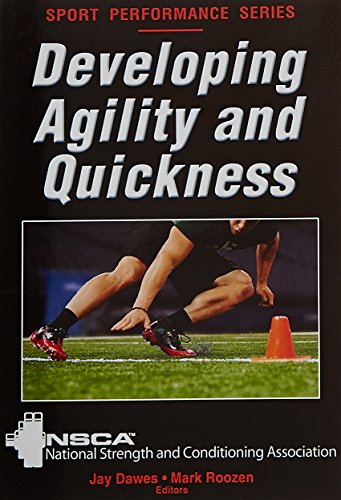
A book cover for Developing Agility and Quickness (Sport Performance); Health, Fitness & Dieting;